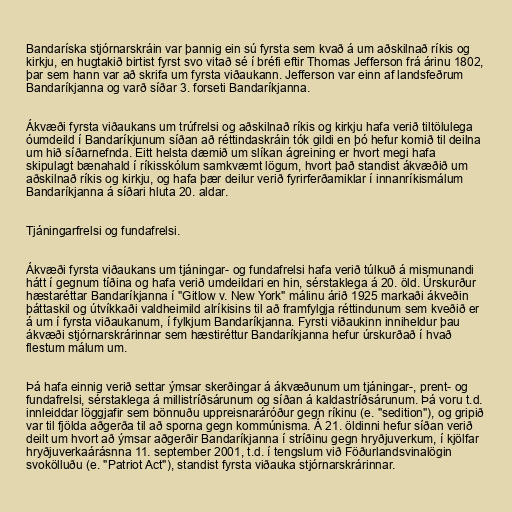
Bandaríska stjórnarskráin var þannig ein sú fyrsta sem kvað á um aðskilnað ríkis og
kirkju, en hugtakið birtist fyrst svo vitað sé í bréfi eftir Thomas Jefferson frá árinu 1802,
þar sem hann var að skrifa um fyrsta viðaukann. Jefferson var einn af landsfeðrum
Bandaríkjanna og varð síðar 3. forseti Bandaríkjanna.

Ákvæði fyrsta viðaukans um trúfrelsi og aðskilnað ríkis og kirkju hafa verið tiltölulega
óumdeild í Bandaríkjunum síðan að réttindaskráin tók gildi en þó hefur komið til deilna
um hið síðarnefnda. Eitt helsta dæmið um slíkan ágreining er hvort megi hafa
skipulagt bænahald í ríkisskólum samkvæmt lögum, hvort það standist ákvæðið um
aðskilnað ríkis og kirkju, og hafa þær deilur verið fyrirferðamiklar í innanríkismálum
Bandaríkjanna á síðari hluta 20. aldar.

Tjáningarfrelsi og fundafrelsi.

Ákvæði fyrsta viðaukans um tjáningar- og fundafrelsi hafa verið túlkuð á mismunandi
hátt í gegnum tíðina og hafa verið umdeildari en hin, sérstaklega á 20. öld. Úrskurður
hæstaréttar Bandaríkjanna í "Gitlow v. New York" málinu árið 1925 markaði ákveðin
þáttaskil og útvíkkaði valdheimild alríkisins til að framfylgja réttindunum sem kveðið er
á um í fyrsta viðaukanum, í fylkjum Bandaríkjanna. Fyrsti viðaukinn inniheldur þau
ákvæði stjórnarskrárinnar sem hæstiréttur Bandaríkjanna hefur úrskurðað í hvað
flestum málum um.

Þá hafa einnig verið settar ýmsar skerðingar á ákvæðunum um tjáningar-, prent- og
fundafrelsi, sérstaklega á millistríðsárunum og síðan á kaldastríðsárunum. Þá voru t.d.
innleiddar löggjafir sem bönnuðu uppreisnaráróður gegn ríkinu (e. "sedition"), og gripið
var til fjölda aðgerða til að sporna gegn kommúnisma. Á 21. öldinni hefur síðan verið
deilt um hvort að ýmsar aðgerðir Bandaríkjanna í stríðinu gegn hryðjuverkum, í kjölfar
hryðjuverkaárásnna 11. september 2001, t.d. í tengslum við Föðurlandsvinalögin
svokölluðu (e. "Patriot Act"), standist fyrsta viðauka stjórnarskrárinnar.